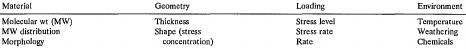
| Material | Geometry | Loading | Environment |
 | --- | --- | --- | --- |
 | Molecular wt (MW) | Thickness | Stress level | Temperature |
 | MW distribution | <ROWSPAN=2> Shape (stress concentration) | Stress rate | Weathering |
 | Morphology | Rate | Chemicals |